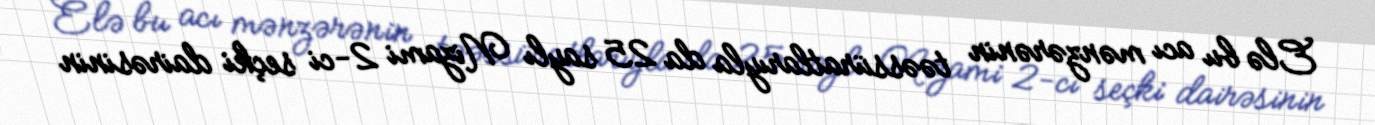
Elə bu acı mənzərənin təəssüratlarıyla da 25 saylı Nizami 2-ci seçki dairəsinin